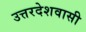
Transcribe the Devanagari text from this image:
उत्तरदेशवासी